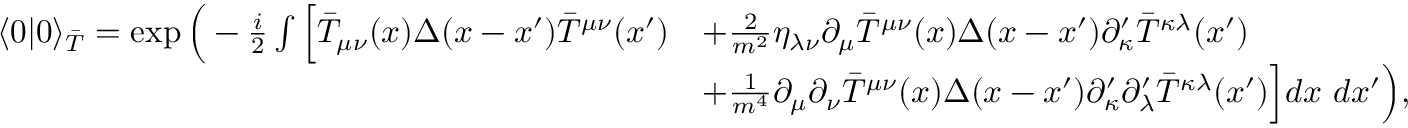
{ \begin{array} { r l } { \langle 0 | 0 \rangle _ { \bar { T } } = \exp { \Big ( } - { \frac { i } { 2 } } \int { \Big [ } { \bar { T } } _ { \mu \nu } ( x ) \Delta ( x - x ^ { \prime } ) { \bar { T } } ^ { \mu \nu } ( x ^ { \prime } ) } & { + { \frac { 2 } { m ^ { 2 } } } \eta _ { \lambda \nu } \partial _ { \mu } { \bar { T } } ^ { \mu \nu } ( x ) \Delta ( x - x ^ { \prime } ) \partial _ { \kappa } ^ { \prime } { \bar { T } } ^ { \kappa \lambda } ( x ^ { \prime } ) } \\ & { + { \frac { 1 } { m ^ { 4 } } } \partial _ { \mu } \partial _ { \nu } { \bar { T } } ^ { \mu \nu } ( x ) \Delta ( x - x ^ { \prime } ) \partial _ { \kappa } ^ { \prime } \partial _ { \lambda } ^ { \prime } { \bar { T } } ^ { \kappa \lambda } ( x ^ { \prime } ) { \Big ] } d x ~ d x ^ { \prime } { \Big ) } , } \end{array} }